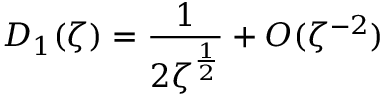
D _ { 1 } ( \zeta ) = \frac { 1 } { 2 \zeta ^ { \frac 1 2 } } + O ( \zeta ^ { - 2 } )